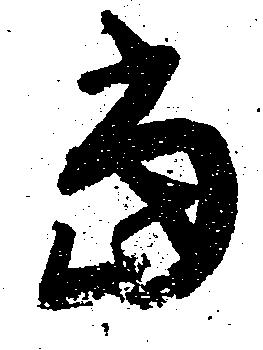
当